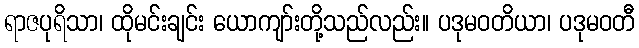
ရာဇပုရိသာ၊ ထိုမင်းချင်း ယောကျာ်းတို့သည်လည်း။ ပဒုမဝတိယာ၊ ပဒုမဝတီ